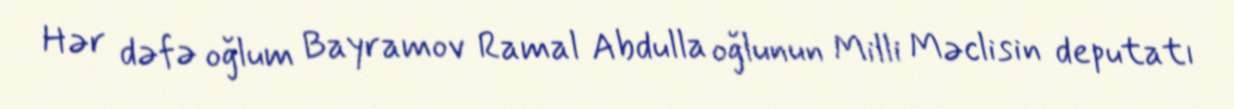
Hər dəfə oğlum Bayramov Ramal Abdulla oğlunun Milli Məclisin deputatı